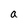
Character: a